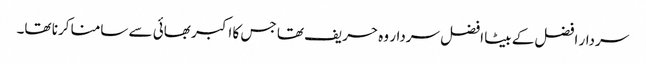
سردار افضل کے بیٹا افضل سردار وہ حریف تھا جس کا اکبر بھائی سے سامنا کرنا تھا۔